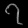
Digit: ၇